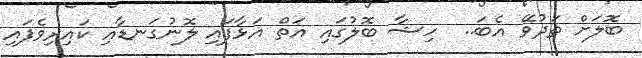
ބޮލަށް ތަދުވޭ އެބަ..  ހިޝާ ބޮލުގައި އަތް އަޅާފައި ލޮނުގަނޑާއި ކައިރިވެފައި